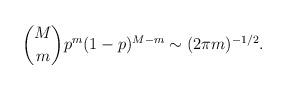
LaTeX: \begin{align*} \binom{M}{m} p^m (1-p)^{M-m} \sim (2\pi m)^{-1/2}.\end{align*}